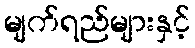
မျက်ရည်များနှင့်